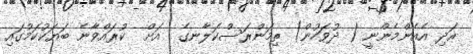
އަދި އެއެންމެންނީ ( ދުވަހުން) ތިމަންރަސްކަލާނގެ  އަށް  ކުރައްވާނެ ބަޔަކުކަމުގައި